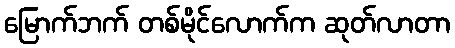
မြောက်ဘက် တစ်မိုင်လောက်က ဆုတ်လာတာ